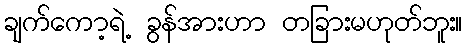
ချက်ကော့ရဲ့ ခွန်အားဟာ တခြားမဟုတ်ဘူး။